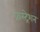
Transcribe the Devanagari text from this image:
फ्रस्ट्रेशन